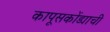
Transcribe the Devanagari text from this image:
कापूसकोंड्याची